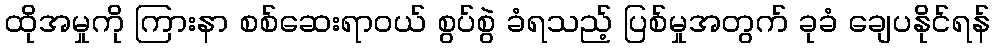
ထိုအမှုကို ကြားနာ စစ်ဆေးရာဝယ် စွပ်စွဲ ခံရသည့် ပြစ်မှုအတွက် ခုခံ ချေပနိုင်ရန်